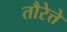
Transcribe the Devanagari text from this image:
तौरेत्ते